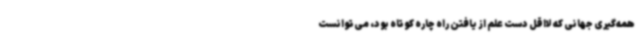
همه‌گیری جهانی که لااقل دست علم از یافتن راه چاره کوتاه بود، می‌توانست